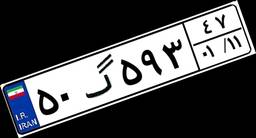
۵۰گ۵۹۳۴۷